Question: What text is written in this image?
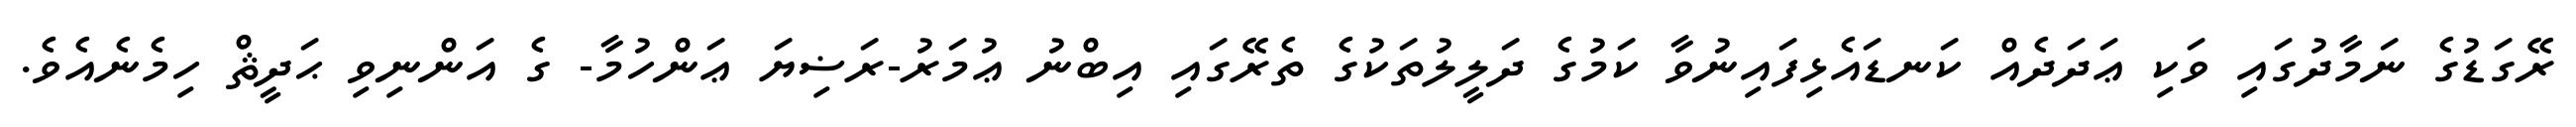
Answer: ރޭގަޑުގެ ނަމާދުގައި ވަކި ޢަދަދެއް ކަނޑައެޅިފައިނުވާ ކަމުގެ ދަލީލުތަކުގެ ތެރޭގައި އިބްނު ޢުމަރު-ރަޟިޔަ ޢަންހުމާ- ގެ އަންނިވި ޙަދީޘް ހިމެނެއެވެ.